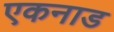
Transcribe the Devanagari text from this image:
एकनाड